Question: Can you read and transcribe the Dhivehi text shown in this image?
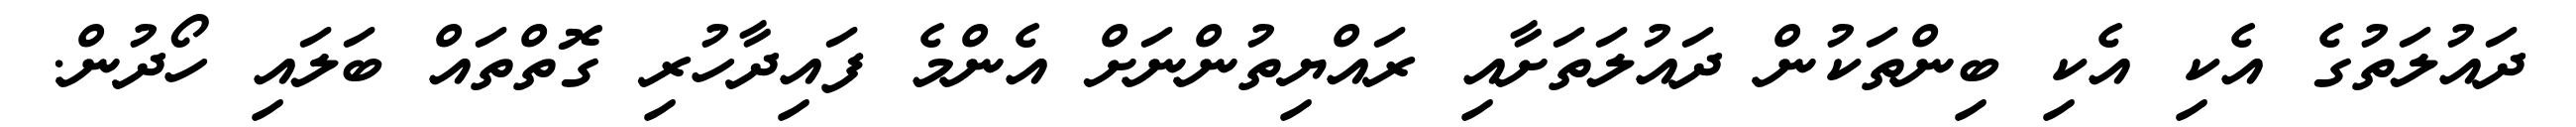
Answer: ދައުލަތުގެ އެކި އެކި ބިންތަކުން ދައުލަތަށާއި ރައްޔިތުންނަށް އެންމެ ފައިދާހުރި ގޮތްތައް ބަލައި ހޯދުން.